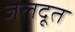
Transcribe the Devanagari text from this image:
जलदूत